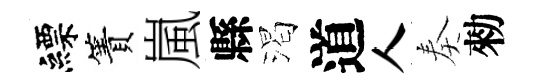
縹簀嵐縣渴道人奏勑